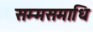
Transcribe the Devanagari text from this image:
सम्मसमाधि